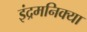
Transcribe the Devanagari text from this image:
इंद्रमनिक्या